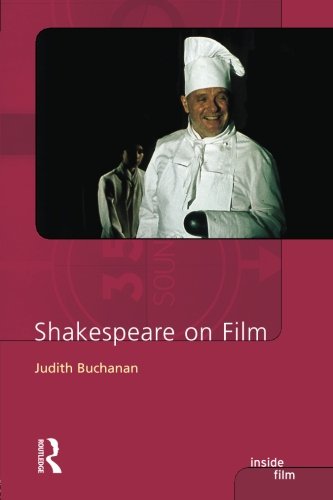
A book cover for Shakespeare on Film; Judith R. Buchanan; Humor & Entertainment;